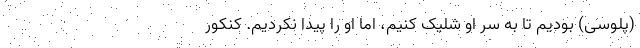
(پلوسی) بودیم تا به سَر او شلیک کنیم، اما او را پیدا نکردیم. کنکور